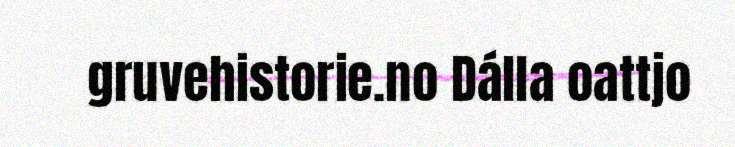
gruvehistorie.no Dálla oattjo